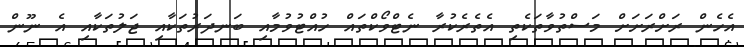
އެހެން ރަށްރަށަށް މަސްތުވާތަކެތި އެތެރެކުރާ ނެޓްވޯކްތައް ހުއްޓުވުމާއި ބަނދަރުތަކާއި ޖަލުތަކާއި އެ ނޫން